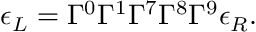
\epsilon _ { L } = \Gamma ^ { 0 } \Gamma ^ { 1 } \Gamma ^ { 7 } \Gamma ^ { 8 } \Gamma ^ { 9 } \epsilon _ { R } .